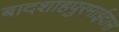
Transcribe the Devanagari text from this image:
बादशाहपुरमाईदास